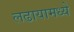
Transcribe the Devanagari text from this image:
लढायामध्ये